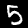
Digit: 5